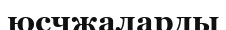
юсчжаларды